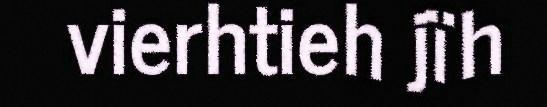
vierhtieh jïh